Papaver somniferum - Opium : an extract from the sixth volume of the Dictionary of Economic Products of India
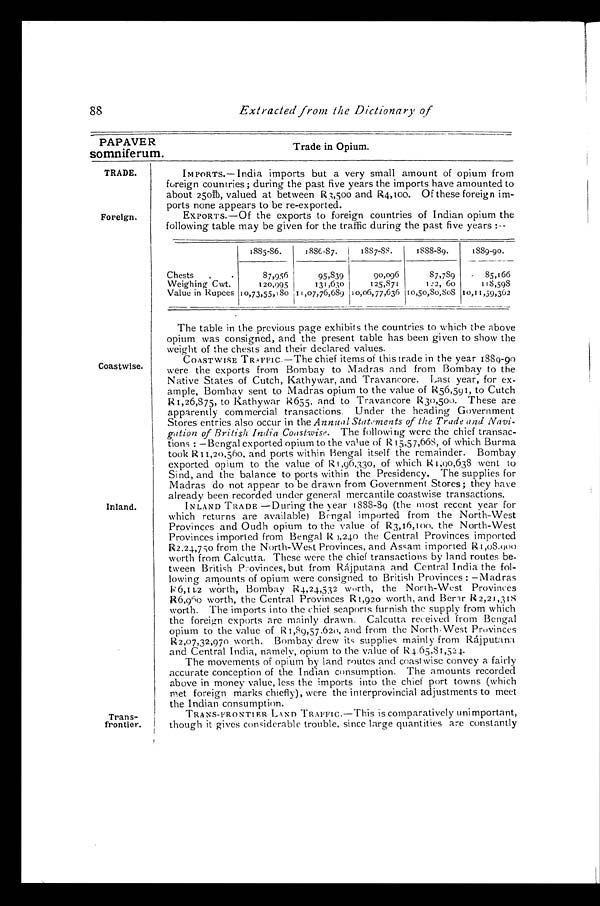
TRADE.
Foreign.
Coastwise.
Inland.
Trans-
frontier.
88
Extracted from the Dictionary of
PAPAVER
somniferum.
Trade in Opium.
IMPORTS.— India imports but a very small amount of opium from
foreign countries; during the past five years the imports have amounted to
about 250lb, valued at between R3,500 and R4,100. Of these foreign im
- p o r t s n o n e a p p e a r s t o b e r e - e x p o r t e d . EXPORTS.—Of the exports to foreign countries of Indian opium the
following table may be given for the traffic during the past five years:-
1885-86.
1886-87.
1887-88.
1888-89.
1889-90.
Chests
87,956
95,839 90,096
87,789
85,166
Weighing Cwt.
120,995
131,630
125,871
122,60
118,598
Value in Rupees 10,73,55,180
1 1 , 0 7 , 7 6 , 6 8 9 1 0 , 0 6 , 7 7 , 6 3 6 10,50,80,808 10,11,59,362
The table in the previous page exhibits the countries to which the above
opium was consigned, and the present table has been given to show the
weight of the chests and their declared values.
COASTWISE TRAFFIC.—The chief items of this trade in the year 1889-90
were the exports from Bombay to Madras and from Bombay to the
Native States of Cutch, Kathywar, and Travancore. Last year, for ex
-ample, Bombay sent to Madras opium to the value of R56,591, to Cutch
R1,26,875, to Kathywar R655, and to Travancore R130,500. These are
apparently commercial transactions. Under the heading Government
Stores entries also occur in the Annual Statements of the Trade and Navi
- g a t i o n o f B r i t i s h I n d i a C o a s t w i s e .The following were the chief transac
-tions: —Bengal exported opium to the value of R15,57,668, of which Burma
took R11,20,560. and ports within Bengal itself the remainder. Bombay
exported opium to the value of R1, 96, 330, of which R1, 90, 638 went to
Sind, and the balance to ports within the Presidency. The supplies for
Madras do not appear to be drawn from Government Stores; they have
already been recorded under general mercantile coastwise transactions.
INLAND TRADE—During the year 1888-8o (the most recent year for
which returns are available) Bengal imported from the North-West
Provinces and Oudh opium to the value of R3,16,100, the North-West
Provinces imported from Bengal R ,240 the Central Provinces imported
R2,24,750 from the North-West Provinces, and Assam imported R 1,08.900
worth from Calcutta. These were the chief transactions by land routes be
-tween British Provinces, but from Rájputana and Central India the fol
- l o w i n g a m o u n t s o f o p i u m w e r e c o n s i g n e d t o B r i t i s h P r o v i n c e s : — M a d r a s
R6,11,2 worth, Bombay R4,24,532 worth, the North-West Provinces
R 6 , 9 6 0 w o r t h , t h e C e n t r a l P r o v i n c e s R 1 , 9 2 0 w o r t h , a n d B e r a r R 2 , 2 1 , 3 1 8
worth. The imports into the chief seaports furnish the supply from which
the foreign exports arc mainly drawn. Calcutta received from Bengal
opium to the value of R1,89,57.620, and from the North.West Provinces
R2,07,32,970 worth. Bombay drew its supplies mainly from Rájputana
and Central India, namely, opium to the value of R4.65,81,524.
The movements of opium by land routes and coast wise convey a fairly
accurate conception of the Indian consumption. The amounts recorded
above in money value, less the imports into the chief port towns (which
met foreign marks chiefly), were the interprovincial adjustments to meet
the Indian consumption.
TRANS-FRONTIER LAND TRAFFIC.—This is comparatively unimportant,
though it gives considerable trouble, since large quantities are constantly